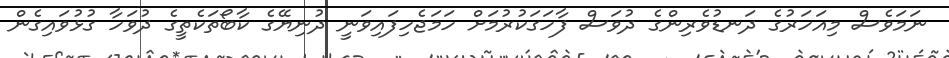
ނަމަވެސް މިއަހަރުގެ ދަނޑުވެރިންގެ ދުވަސް ފާހަގަކުރުމަށް ހަމަޖެހިފައިވަނީ ދުނިޔޭގެ ކާބޯތަކެތީގެ ދުވަހާ ގުޅުވައިގެން